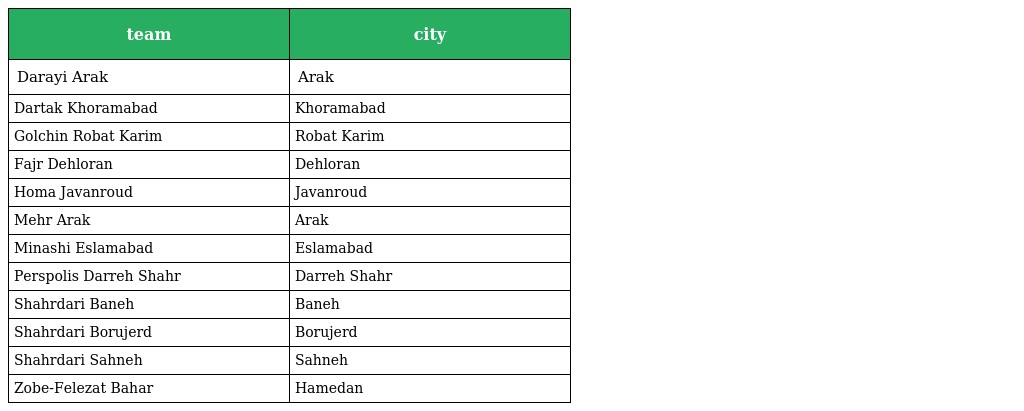
| team | city |
 | --- | --- |
 | Darayi Arak | Arak |
 | Dartak Khoramabad | Khoramabad |
 | Golchin Robat Karim | Robat Karim |
 | Fajr Dehloran | Dehloran |
 | Homa Javanroud | Javanroud |
 | Mehr Arak | Arak |
 | Minashi Eslamabad | Eslamabad |
 | Perspolis Darreh Shahr | Darreh Shahr |
 | Shahrdari Baneh | Baneh |
 | Shahrdari Borujerd | Borujerd |
 | Shahrdari Sahneh | Sahneh |
 | Zobe-Felezat Bahar | Hamedan |